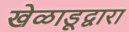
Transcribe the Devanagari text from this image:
खेळाडूद्वारा